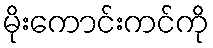
မိုးကောင်းကင်ကို